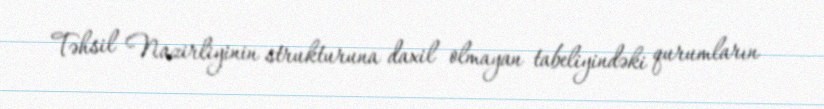
Təhsil Nazirliyinin strukturuna daxil olmayan tabeliyindəki qurumların